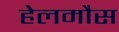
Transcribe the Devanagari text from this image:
हेलमौस